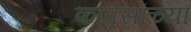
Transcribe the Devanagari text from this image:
कापसांच्या